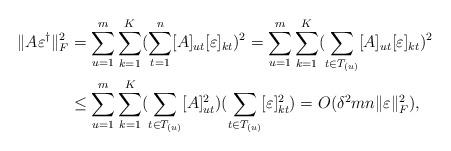
LaTeX: \begin{align*}\| A\varepsilon^\dagger\|_F^2 &= \sum_{u=1}^m\sum_{k=1}^K(\sum_{t=1}^n [A]_{ut} [\varepsilon]_{kt})^2 =\sum_{u=1}^m\sum_{k=1}^K(\sum_{t\in T_{(u)}} [A]_{ut} [\varepsilon]_{kt})^2\cr& \le \sum_{u=1}^m\sum_{k=1}^K(\sum_{t\in T_{(u)}} [A]_{ut}^2)(\sum_{t\in T_{(u)}} [\varepsilon]_{kt}^2) = O(\delta^2mn \|\varepsilon \|_F^2),\end{align*}